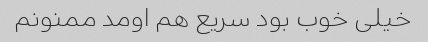
خیلی خوب بود سریع هم اومد ممنونم